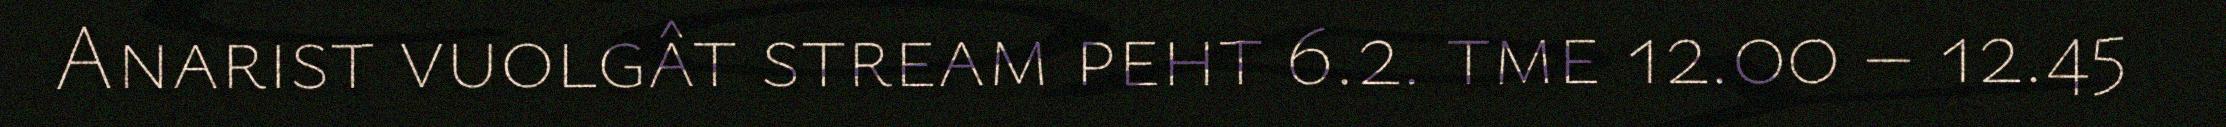
Anarist vuolgât stream peht 6.2. tme 12.00 – 12.45